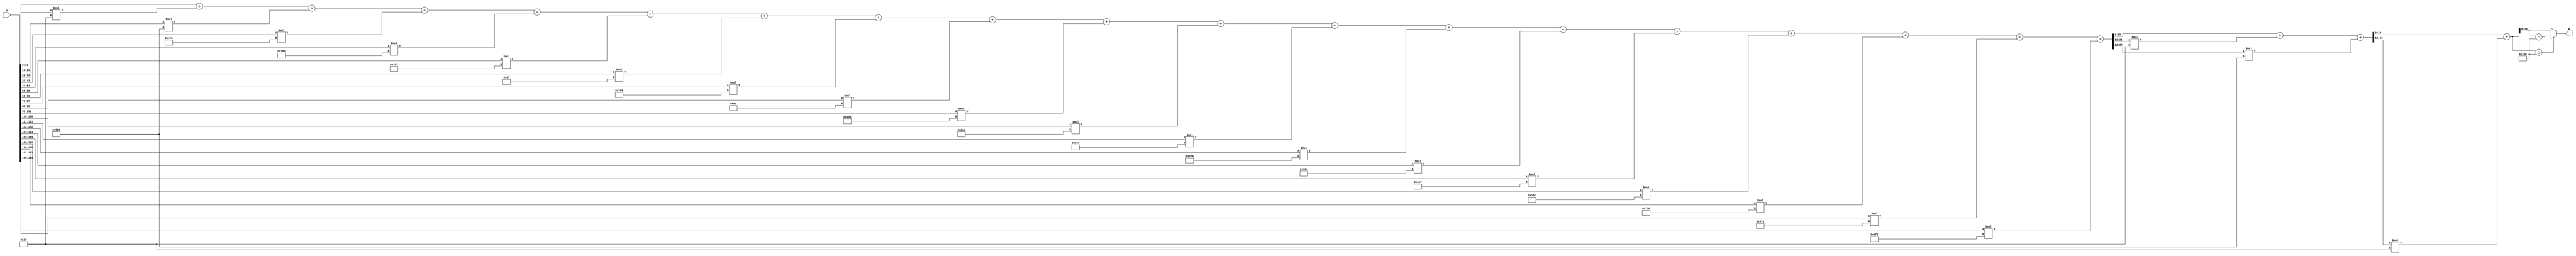
module x_200_mod_2011(
    input [200:1] X,
    output [11:1] R
    );

wire [25:1] R_temp_1;
wire [17:1] R_temp_2;
wire [12:1] R_temp_3;
reg [11:1]  R_temp;

assign R_temp_1 = X [ 11 : 1 ]  + X [ 22 : 12 ] * 6'b100101 + X [ 33 : 23 ] * 11'b10101011001 + 
X [ 44 : 34 ] * 9'b101111010 + X [ 55 : 45 ] * 11'b11110000000 + X [ 66 : 56 ] * 10'b1010001111 + 
X [ 77 : 67 ] * 7'b1100111 + X [ 88 : 78 ] * 11'b11100001000 + X [ 99 : 89 ] * 8'b11101101 + 
X [ 110 : 100 ] * 10'b1011010101 + X [ 121 : 111 ] * 10'b1010101010 + X [ 132 : 122 ] * 11'b10001001110 + 
X [ 143 : 133 ] * 10'b1000101010 + X [ 154 : 144 ] * 9'b110000100 + X [ 165 : 155 ] * 9'b100010111 + 
X [ 176 : 166 ] * 9'b100001100 + X [ 187 : 177 ] * 11'b11101010000 + X [ 198 : 188 ] * 10'b1101111010 + 
X [ 200 : 199 ] * 10'b1011110010 ;

assign R_temp_2 = R_temp_1 [ 11 : 1 ]  + R_temp_1 [ 22 : 12 ] * 6'b100101 + 
R_temp_1 [ 25 : 23 ] * 11'b10101011001 ;

assign R_temp_3 = R_temp_2 [ 11 : 1 ]  + R_temp_2 [ 17 : 12 ] * 6'b100101 ;

always @(R_temp_3)
begin
  if (R_temp_3 >= 11'b11111011011)
    R_temp <= R_temp_3 - 11'b11111011011;
  else
    R_temp <= R_temp_3;
end

assign R = R_temp;

endmodule